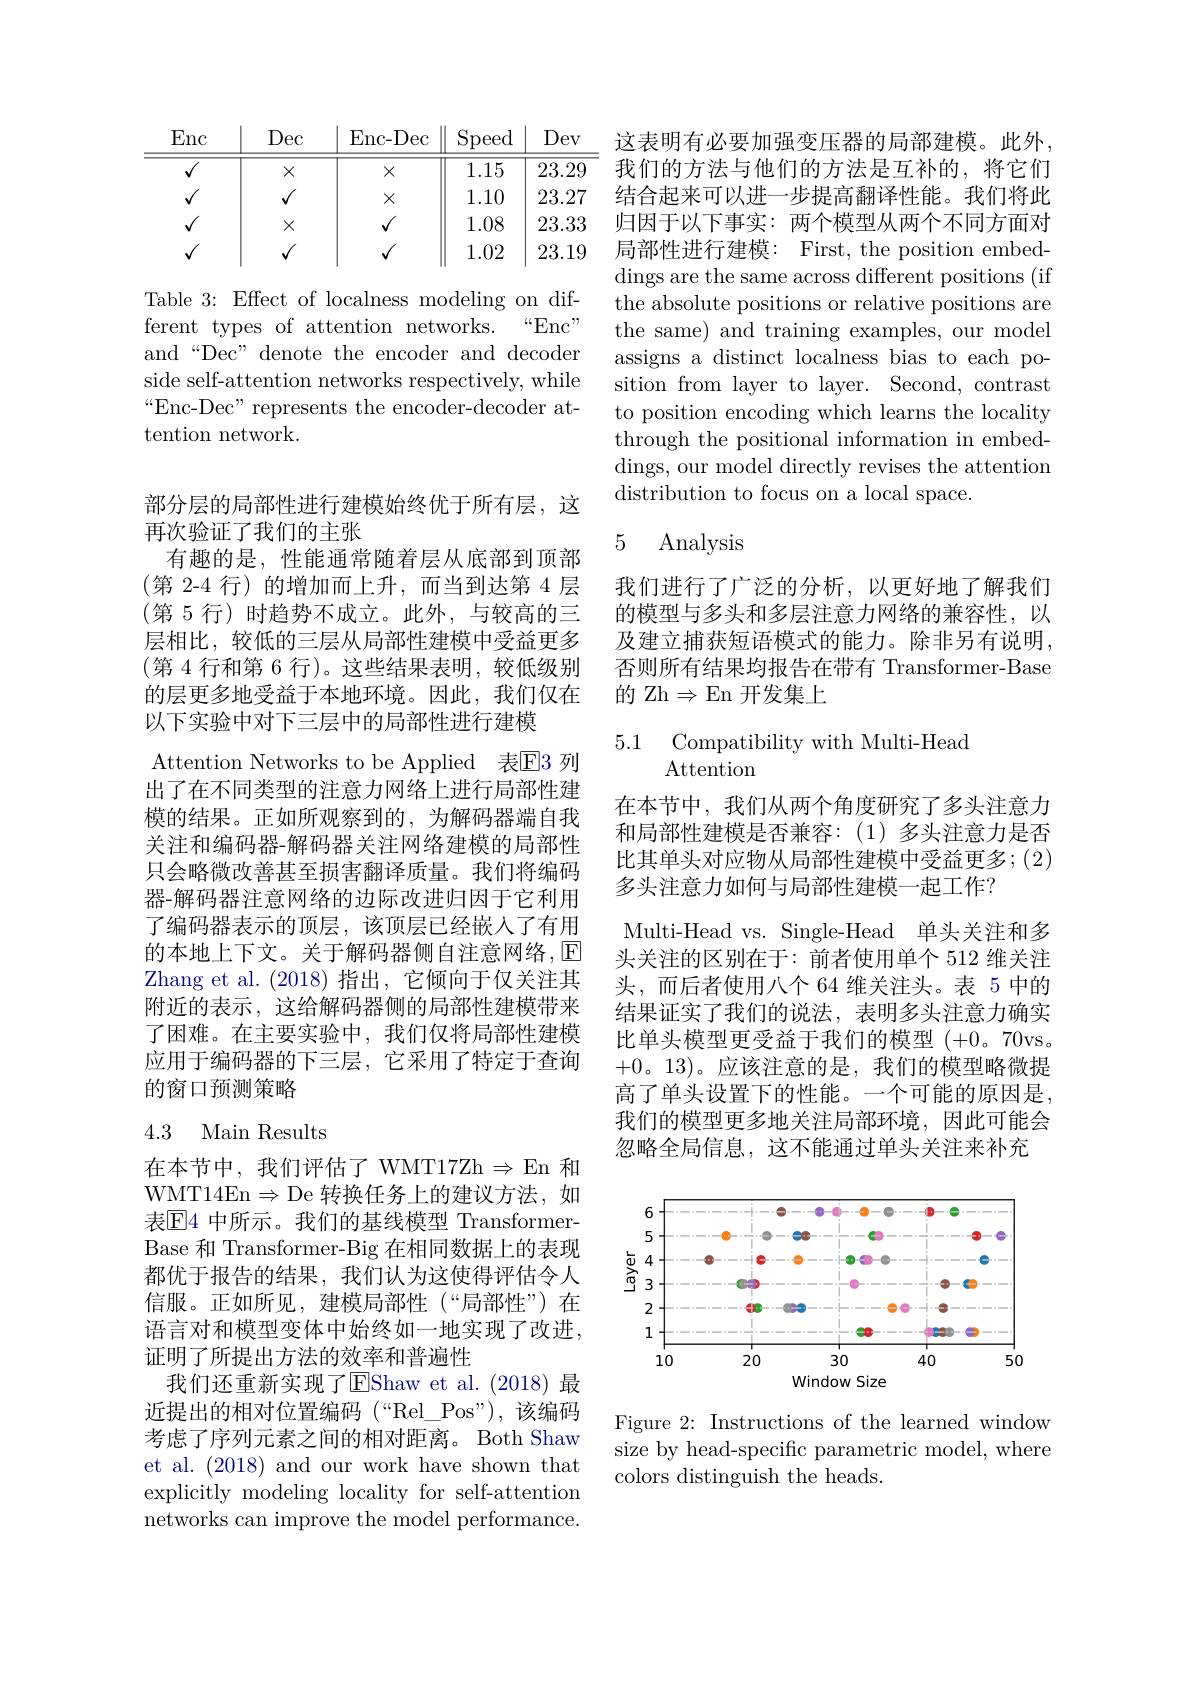
<table>
	<tbody>
		<tr>
			<th>Enc</th>
			<th>Dec</th>
			<th>Enc- Dec</th>
			<th>$\operatorname{Speed}$</th>
			<th>Dev</th>
		</tr>
		<tr>
			<td>$\overline{\checkmark}$</td>
			<td>$X$</td>
			<td>$X$</td>
			<td>1.15</td>
			<td>23.2!</td>
		</tr>
		<tr>
			<td>1</td>
			<td>$√$</td>
			<td>$X$</td>
			<td>1.10</td>
			<td>23.2</td>
		</tr>
		<tr>
			<td>$√$</td>
			<td>$X$</td>
			<td>$\sqrt{1}$</td>
			<td>1.08</td>
			<td>23.3</td>
		</tr>
		<tr>
			<td>1</td>
			<td>$√$</td>
			<td>$\sqrt{1}$</td>
			<td>1.02</td>
			<td>23.1!</td>
		</tr>
	</tbody>
</table>

Table 3: Effect of localness modeling on dif-
ferent types of attention networks.
“Enc”
and“Dec” denote the encoder and decoder side self-attention networks respectively, while “Enc-Dec" represents the encoder-decoder attention network.

部分层的局部性进行建模始终优于所有层，这
再次验证了我们的主张
有趣的是，性能通常随着层从底部到顶部(第 2-4 行)的增加而上升，而当到达第4层(第 5 行) 时趋势不成立。此外，与较高的三层相比，较低的三层从局部性建模中受益更多(第 4 行和第 6 行)。这些结果表明，较低级别的层更多地受益于本地环境。因此，我们仅在以下实验中对下三层中的局部性进行建模
Attention Networks to be Applied 表E3 列出了在不同类型的注意力网络上进行局部性建模的结果。正如所观察到的，为解码器端自我关注和编码器-解码器关注网络建模的局部性只会略微改善甚至损害翻译质量。我们将编码器-解码器注意网络的边际改进归因于它利用了编码器表示的顶层，该顶层已经嵌入了有用的本地上下文。关于解码器侧自注意网络，$\operatorname{E}$ Zhang et al. (2018)指出，它倾向于仅关注其附近的表示，这给解码器侧的局部性建模带来了困难。在主要实验中，我们仅将局部性建模应用于编码器的下三层，它采用了特定于查询的窗口预测策略

## 4.3 Main Results

在本节中，我们评估了 WMT17Zh$\Rightarrow$En 和WMT14En$\Rightarrow$De 转换任务上的建议方法，如表$\mathbb{E}$4 中所示。我们的基线模型 TransformerBase 和 Transformer-Big 在相同数据上的表现都优于报告的结果，我们认为这使得评估令人信服。正如所见，建模局部性(“局部性”)在语言对和模型变体中始终如一地实现了改进， 证明了所提出方法的效率和普遍性
我们还重新实现了EShaw et al.(2018) 最近提出的相对位置编码 (“Rel\_Pos”),该编码考虑了序列元素之间的相对距离。Both Shaw et al. (2018) and our work have shown that explicitly modeling locality for self-attention networks can improve the model performance.

这表明有必要加强变压器的局部建模。此外， 我们的方法与他们的方法是互补的，将它们结合起来可以进一步提高翻译性能。我们将此归因于以下事实：两个模型从两个不同方面对局部性进行建模：First, the position embeddings are the same across different positions (if the absolute positions or relative positions are the same) and training examples, our model assigns a distinct localness bias to each position from layer to layer. Second, contrast to position encoding which learns the locality through the positional information in embeddings, our model directly revises the attention distribution to focus on a local space.

### 5 Analysis

我们进行了广泛的分析，以更好地了解我们的模型与多头和多层注意力网络的兼容性，以及建立捕获短语模式的能力。除非另有说明， 否则所有结果均报告在带有 Transformer-Base 的 Zh$\Rightarrow$En 开发集上

5.1 Compatibility with Multi-Head
# Attention

在本节中，我们从两个角度研究了多头注意力和局部性建模是否兼容：(1)多头注意力是否比其单头对应物从局部性建模中受益更多；(2) 多头注意力如何与局部性建模一起工作？
Multi-Head vs. Single-Head 单头关注和多头关注的区别在于：前者使用单个 512 维关注头，而后者使用八个 64 维关注头。表 5 中的结果证实了我们的说法，表明多头注意力确实比单头模型更受益于我们的模型(+0。70vs。+0。13)。应该注意的是，我们的模型略微提高了单头设置下的性能。一个可能的原因是我们的模型更多地关注局部环境，因此可能会忽略全局信息，这不能通过单头关注来补充

<FigureHere>

Figure 2: Instructions of the learned window size by head-specific parametric model, where colors distinguish the heads